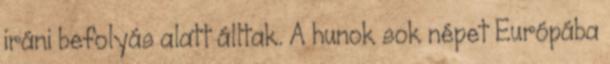
iráni befolyás alatt álltak. A hunok sok népet Európába